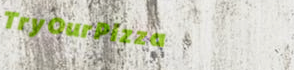
TryOurPizza